Rangoon Lunatic Asylum 1893-1897 - 1893-1897
Year: 1893
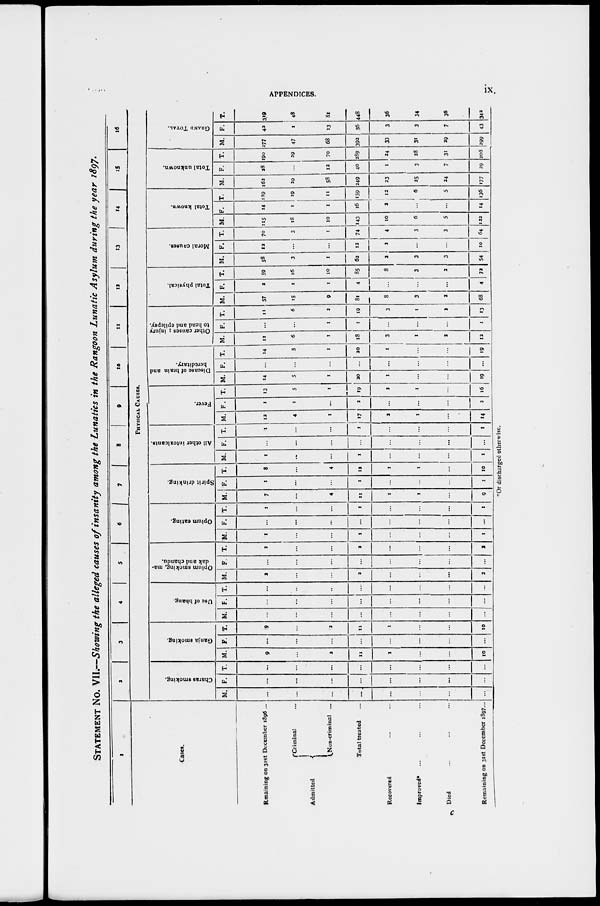
APPENDICES.
ix.
STATEMENT No. VII.—Showing the alleged causes of insanity among the Lunatics in the Rangoon Lunatic Asylum during the year 1897.
1
Cases.
Remaining on 31st December 1896 ...
Admitted
Criminal ...
Non-criminal ...
Total treated ...
Recovered ... ...
Improved* ... ... ...
Died
... ... ...
Remaining on 31st December 1897...
2
3
4
5
6
7 8 9 10 11 12 13 14 15 16
PHYSICAL CAUSES.
Charas smoking.
M.
...
...
...
...
...
...
...
...
F.
...
...
...
...
...
...
...
...
T.
...
...
...
...
...
...
...
...
Ganja smoking.
M.
9
...
2
11
1
...
...
10
F.
...
...
...
...
...
...
...
...
T.
9
...
2
11
1
...
...
10
Use of bhang.
M.
...
...
...
...
...
...
...
...
F.
...
...
...
...
...
...
...
...
T.
...
...
...
...
...
...
...
...
Opium smoking, ma-
dak and chandu.
M.
2
...
...
2
...
...
...
2
F.
...
...
...
...
...
...
...
...
T.
2
...
...
2
...
...
...
2
Opium eating.
M.
1
...
...
1
...
...
...
1
F.
...
...
...
...
...
...
...
...
T.
1
...
...
1
...
...
...
1
Spirit drinking.
M.
7
...
4
11
1
1
...
9
F.
1
...
...
1
...
...
...
1
T.
8
...
4
12
1
1
...
10
All other intoxicants.
M.
1
...
...
1
...
...
...
1
F.
...
...
...
...
...
...
...
...
T.
1
...
...
1
...
...
...
1
Fever.
M.
12
4
1
17
2
1
...
14
F.
1
1
...
2
...
...
...
2
T.
13
5
1
19
2
1
...
16
Disease of brain and
hereditary.
M.
14
5
1
20
1
...
...
19
F.
...
...
...
...
...
...
...
...
T.
14
5
1
20
1
...
...
19
Other causes ; injury
to head and epilepsy.
M.
11
6
1
18
3
1
2
12
F.
...
...
1
1
...
...
...
1
T.
11
6
2
19
3
1
2
13
Total physical.
M.
57
15
9
81
8
3
2
68
F.
2
1
1
4
...
...
...
4
T.
59
16
10
85
8
3
2
72
Moral causes.
M.
58
3
1
62
2
3
3
54
F.
12
...
...
12
2
...
...
10
T.
70
3
1
74
4
3
3
64
Total known.
M.
115
18
10
143
10
6
5
122
F.
14
1
1
16
2
...
...
14
T.
129
19
11
159
12
6
5
136
Total unknown.
M.
162
29
58
249
23
25
24
177
F.
28
...
12
40
1
3
7
29
T.
190
29
70
289
24
28
31
206
GRAND TOTAL.
M.
277
47
68
392
33
31
29
299
F.
42
1
13
56
3
3
7
43
T.
319
48
81
448
36
34
36
342
*Or discharged otherwise.
c